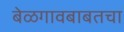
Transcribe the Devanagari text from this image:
बेळगावबाबतचा